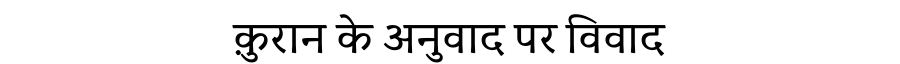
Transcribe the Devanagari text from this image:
क़ुरान के अनुवाद पर विवाद